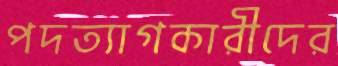
পদত্যাগকারীদের